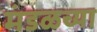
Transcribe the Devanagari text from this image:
मंडळच्या